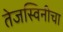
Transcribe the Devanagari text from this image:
तेजस्विनीचा